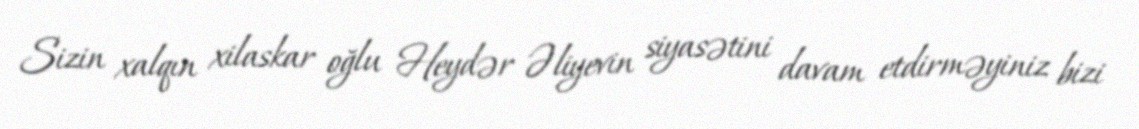
Sizin xalqın xilaskar oğlu Heydər Əliyevin siyasətini davam etdirməyiniz bizi